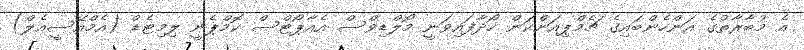
އެ މުބާރާތުގެ އަންހެންބައިގެ ޗެމްޕިއަންކަން ހޯދާފައިވަނީ މޯލްޑިވްސް އެއާޕޯޓްސް ކޮމްޕެނީ ލިމިޓެޑް (އެމްއޭސީއެލް)